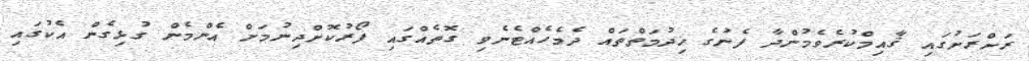
ރަށްރަށުގައި ޤާއިމްކުރެވެމުންދާ ފެނުގެ ޚިދުމަތްތައް ދެމެހެއްޓެނެވި ގޮތެއްގައި ފޯރުކޮށްދިނުމަށް އެންމެން ގުޅިގެން އެކުގައި